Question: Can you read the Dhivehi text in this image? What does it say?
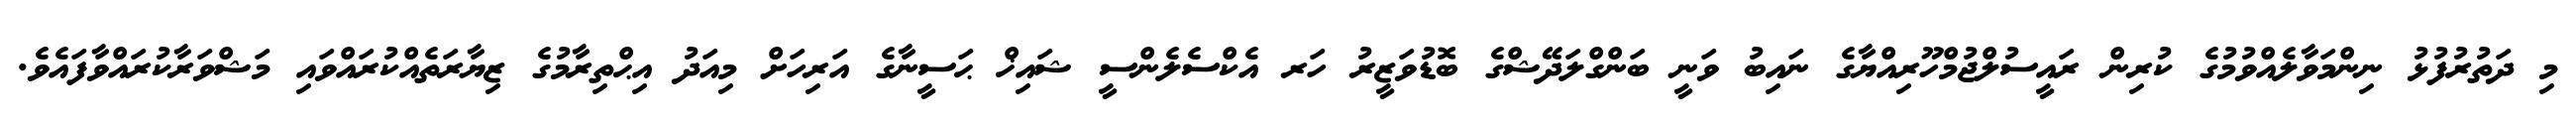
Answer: މި ދަތުރުފުޅު ނިންމަވާލެއްވުމުގެ ކުރިން ރައީސުލްޖުމްހޫރިއްޔާގެ ނައިބު ވަނީ ބަންގްލަދޭޝްގެ ބޮޑުވަޒީރު ހަރ އެކްސެލެންސީ ޝައިޚް ޙަސީނާގެ އަރިހަށް މިއަދު އިޙްތިރާމުގެ ޒިޔާރަތެއްކުރައްވައި މަޝްވަރާކުރައްވާފައެވެ.